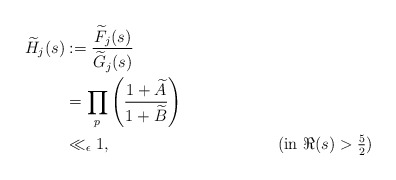
\begin{align*}\widetilde{H}_{j}(s)&:=\frac{\widetilde{F}_{j}(s)}{\widetilde{G}_{j}(s)} \\&=\prod_{p}^{}\left(\frac{1+\widetilde{A}}{1+\widetilde{B}}\right) \\&\ll_{\epsilon} 1, &&(\mbox{in $\Re(s)>\frac{5}{2}$})\end{align*}